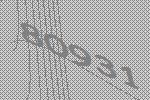
80931